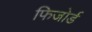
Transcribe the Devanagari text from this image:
फिजोर्ड